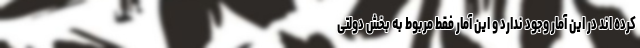
کرده اند در این آمار وجود ندارد و این آمار فقط مربوط به بخش دولتی